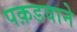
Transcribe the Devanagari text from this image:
पक़डवाने